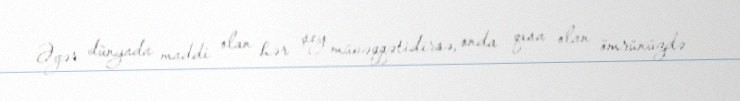
Əgər dünyada maddi olan hər şey müvəqqətidirsə, onda qısa olan ömrünüzdə